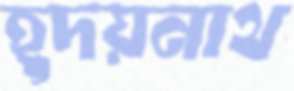
হূদয়নাথ